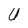
Character: U